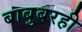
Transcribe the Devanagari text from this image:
बाबुबरही